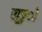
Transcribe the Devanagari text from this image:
खूङ्ी